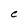
Character: C